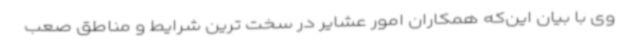
وی با بیان این‌که همکاران امور عشایر در سخت ترین شرایط و مناطق صعب